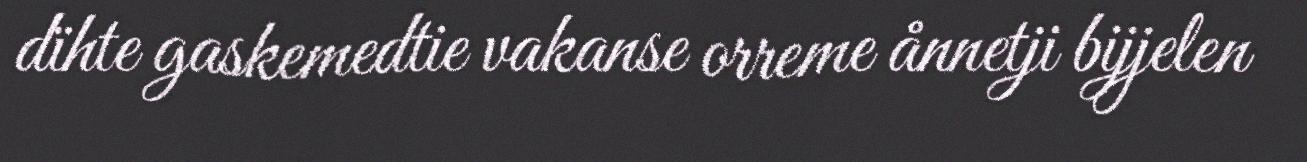
dïhte gaskemedtie vakanse orreme ånnetji bijjelen